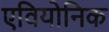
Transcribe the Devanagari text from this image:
एवियोनिक